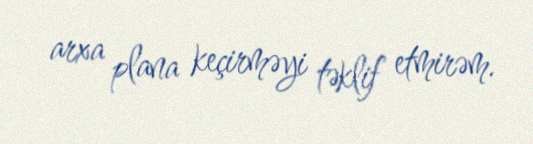
arxa plana keçirməyi təklif etmirəm.